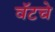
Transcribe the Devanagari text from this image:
वॅटचे